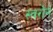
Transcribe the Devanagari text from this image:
स्वरोने